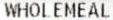
WHOLEMEAL